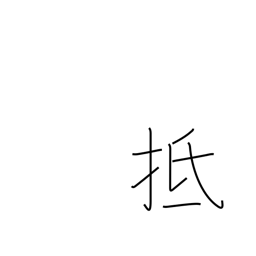
Meaning: touch